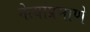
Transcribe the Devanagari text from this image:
नेत्यांप्रमाणे